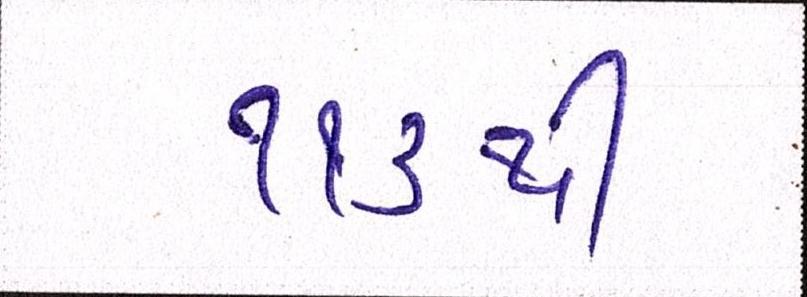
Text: ૧૧૩થી